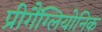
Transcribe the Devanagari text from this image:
प्रीगैंग्लियोनिक